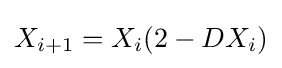
X_{i+1}=X_{i}(2-DX_{i})